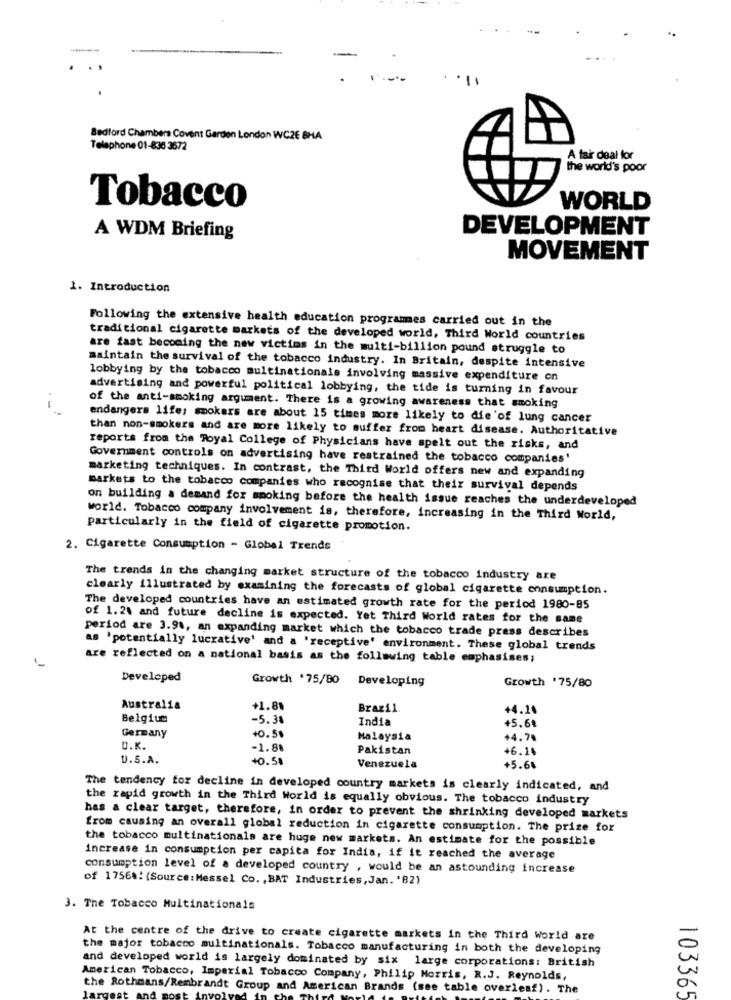
--
....
Bedford Chambers Covent Garden London WCZE BHA
Telephone 01-836 3672
A fair deal for
the world's poor
Tobacco
WORLD
DEVELOPMENT
A WDM Briefing
MOVEMENT
1. Introduction
Following the extensive health education programes carried out in the
traditional cigarette markets of the developed world, Third World countries
are fast becoming the new victims in the multi-billion pound struggle to
maintain the survival of the tobacco industry. In Britain, despite intensive
lobbying by the tobacco multinationals involving massive expenditure on
advertising and powerful political lobbying, the tide is turning in favour
of the anti-smoking argument. There is a growing awareness that smoking
endangers life; smokers are about 15 times more likely to die'of lung cancer
than non-smokers and are more likely to suffer from heart disease. Authoritative
reports from the Royal College of Physicians have spelt out the risks, and
Government controls on advertising have restrained the tobacco companies'
marketing techniques. In contrast, the Third World offers new and expanding
markets to the tobacco companies who recognise that their survival depends
on building a demand for smoking before the health issue reaches the underdeveloped
world. Tobacco company involvement is, therefore, increasing in the Third World,
particularly in the field of cigarette promotion.
2. Cigarette Consumption - Global Trends
The trends in the changing market structure of the tobacco industry are
clearly illustrated by examining the forecasts of global cigarette consumption.
The developed countries have an estimated growth rate for the period 1980-85
of 1.24 and future decline is expected. Yet Third World rates for the same
period are 3.91, an expanding market which the tobacco trade press describes
as 'potentially lucrative' and a 'receptive' environment. These global trends
are reflected on a national basis as the following table emphasises;
Developed
Growth .75/80 Developing
Growth '75/80
Australia
+1.8%
Brazil
+4.24
Belgium
-5.3
India
Germany
+5,6%
+0.58
Malaysia
+4.70
U.K.
-1.88
Pakistan
+6.1%
U.S.A.
+0. 50
Venezuela
+5.66
The tendency for decline in developed country markets is clearly indicated, and
the rapid growth in the Third World is equally obvious. The tobacco industry
has a clear target, therefore, in order to prevent the shrinking developed markets
from causing an overall global reduction in cigarette consumption. The prize for
the tobacco multinationals are huge new markets. An estimate for the possible
increase in consumption per capita for India, if it reached the average
consumption level of a developed country , would be an astounding increase
of 1756%: (Source:Messel Co ., BAT Industries, Jan. '82)
3. The Tobacco Multinationals
At the centre of the drive to create cigarette markets in the Third World are
the major tobacco multinationals. Tobacco manufacturing in both the developing
and developed world is largely dominated by six large corporations: British
American Tobacco, Imperial Tobacco Company, Philip Morris, R.J. Reynolds,
the Rothmans/Rembrandt Group and American Brands (see table overleaf). The
103365